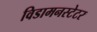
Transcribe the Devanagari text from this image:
विडामनस्टेटर